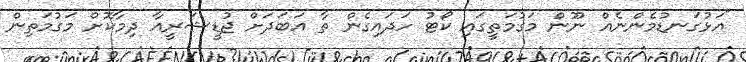
"އަޅުގަނޑުމެންނެއް ނޫން މަގުމަތީގައި ކޯޓު ހަދައިގެން ތާ އަބަދަށް ޖުޑީޝަރީއާ ދިމާކޮށް މަގުމަތިން